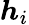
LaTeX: \boldsymbol{h}_{i}